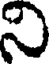
ని